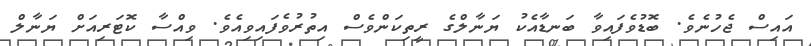
އައިސް ޖެހުނެވެ. ބޮޑުވެފައިވާ ބަނޑާއެކު ޔަނާލްގެ ރީތިކަންވެސް އިތުރުވެފައިވިއެވެ. ވިއްސާ ކޮޓަރިއަށް ޔަނާލް